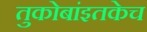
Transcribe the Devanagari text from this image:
तुकोबांइतकेच